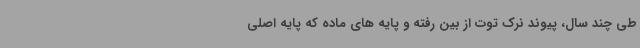
طی چند سال، پیوند نرک توت از بین رفته و پایه های ماده که پایه اصلی